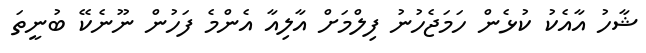
ޝާހު އާއެކު ކުޅެން ހަމަޖެހުނު ފިލްމަށް އާލިއާ އެންމެ ފަހުން ނޫނެކޭ ބުނީތަ